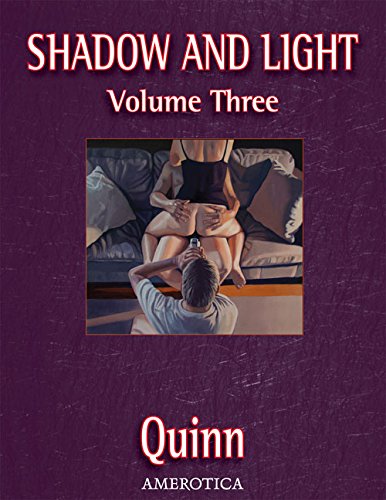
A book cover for Shadow and Light, Volume 3 (Shadow & Light); Parris Quinn; Comics & Graphic Novels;